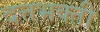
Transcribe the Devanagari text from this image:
दत्तभक्ती